Medical and sanitary report of the native army of Bengal for the year
Year: 1875
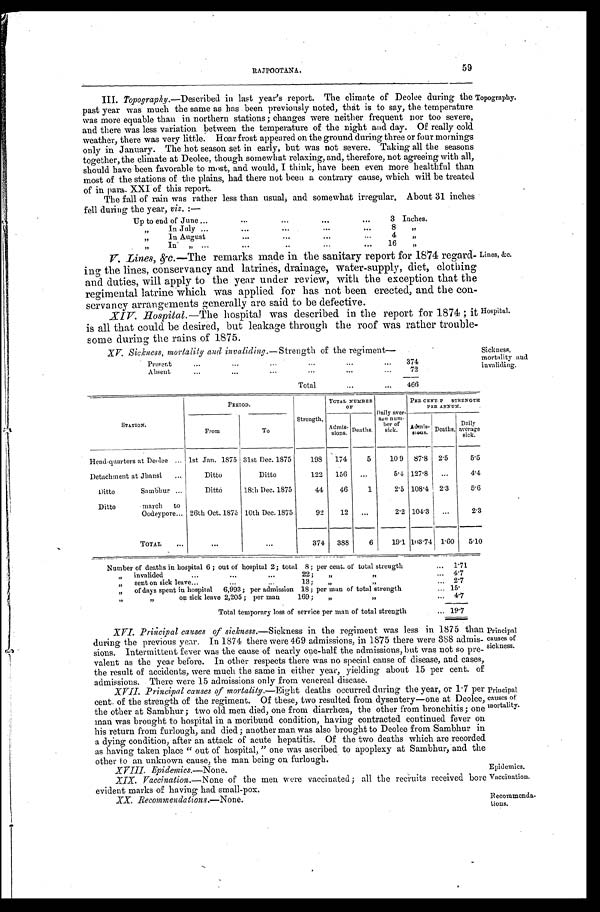
XVIII. Epidemics.—None.
Epidemics.
Vaccination.
Recommenda
-tions.
59
RAJPOOTANA.
III. Topography.—Described in last year's report. The climate of Deolee during the
past year was much the same as has been previously noted, that is to say, the temperature
was more equable than in northern stations; changes were neither frequent nor too severe,
and there was less variation between the temperature of the night and day. Of really cold
weather, there was very little. Hoar frost appeared on the ground during three or four mornings
only in January. The hot season set in early, but was not severe. Taking all the seasons
together, the climate at Deolee, though somewhat relaxing, and, therefore, not agreeing with all,
should have been favorable to most, and would, I think, have been even more healthful than
most of the stations of the plains, had there not been a contrary cause, which will be treated
of XXI of this report.
T o p o g r a p h y .
The fall of rain was rather less than usual, and somewhat irregular. About 31 inches
fell during the year, viz.:—
Up to end of June . . .
3 Inches.
" I n J u l y . . .
8
"
" I n A u g u s t . . .
4
"
" I n " . . .
16
"
V. Lines, &c.—T h e
remarks made in the sanitary report for 1874 regard--
ing the lines, conservancy and latrines, drainage, water-supply, diet, clothing
and duties, will apply to the year under review, with the exception that the
regimental latrine which was applied for has not been erected, and the con--
servancy arrangements generally are said to be defective.
XIV. Hospital.— The hospital was described in the report for 1874; it
is all that could be desired, but leakage through the roof was rather trouble
- some during the rains of 1875.
Lines, &c.
Hospital.
XV. Sickness, mortality and invaliding.— Strength of the regiment—
Present
.
..
374
Absent
.
.
.
72
Total . . .
466
Sickness,
mortality and
invaliding.
STATION.
PERIOD.
Strength.
TOTAL NUMBER
OF
Daily aver-
age num-
ber of
sick.
PER CENT.F
S T R E N G T H
PER ANNUAL.
From
To
A d m i s - s i o n s .
Deaths.
A d m i s - s i o n s . Deaths. Daily
sick.
average
sick.
Head-quarters at Deolee . . . 1st Jan. 1875 31st Dec. 1875
198
174
5
109
8 7 . 8
2.5
5.5
Detachment at Jhansi . . .
Ditto
Ditto
122
156
. . .
5.4 127.8
. . .
4.4
Ditto Sambhur . . .
Ditto
18th Dec. 1875
44
46
1
2.5 108.4 2.3
5 . 6
Ditto march to
Oodeypore . . . 26th Oct. 1875 10th Dec. 1875
92
12
. . .
2.2 104.3
. . .
2.3
TOTAL . . .
. . .
. . .
374
388
6
19.1 103-74 1.60
5.10
Number of deaths in hospital 6; out of hospital 2; total 8 ; per cent. of total strength . . . 1.71
"
invalided . . . 22;
" " 4.7
" sent on sick leave . . . 13; " " . . . 2.7
"
of days spent in hospital 6,993; per admission 18; per man of total strength . . . 15.
" on sick leave 2,205; per man 169; " " . . . 4.7
Total temporary loss of service per man of total strength . . . 19.7
XVI. Principal causes of sickness.— Sickness in the regiment was less in 1875 than
during the previous year. In 1874 there were 469 admissions, in 1875 there were 388 admis--
sions. Intermittent fever was the cause of nearly one-half the admissions, but was not so pre-
valent as the year before. In other respects there was no special cause of disease, and cases,
the result of accidents, were much the same in either year, yielding about 15 per cent. of
admissions. There were 15 admissions only from venereal disease.
XVII. Principal causes of mortality.— Eight deaths occurred during the year, or 1.7 per
cent. of the strength of the regiment. Of these, two resulted from dysentery—one at Deolee,
the other at Sambhur; two old men died, one from diarrhœa, the other from bronchitis; one
man was brought to hospital in a moribund condition, having contracted continued fever on
his return from furlough, and died; another man was also brought to Deolee from Sambhur in
a dying condition, after an attack of acute hepatitis. Of the two deaths which are recorded
as having taken place "out of hospital, " one was ascribed to apoplexy at Sambhur, and the
toan unkown cause, the man being on furlough.
Principal
causes of
sickness.
Principal.
causes of
mortality.
XIX. Vaccination.— None of the men were vaccinated; all the recruits received bore
evident marks of having had small-pox.
XX. Recommendations.— None.